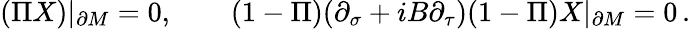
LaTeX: (\Pi X)|_{\partial M}=0,\qquad(1-\Pi)(\partial_{\sigma}+iB\partial_{\tau})(1-\Pi)X|_{\partial M}=0\, .